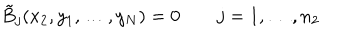
\tilde { B } _ { j } ( x _ { 2 } , y _ { 1 } , \ldots , y _ { N } ) = 0 j = 1 , \ldots , n _ { 2 }